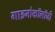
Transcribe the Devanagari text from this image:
गाइनोकॉलॉजी